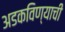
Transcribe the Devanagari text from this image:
अडकविण्याची